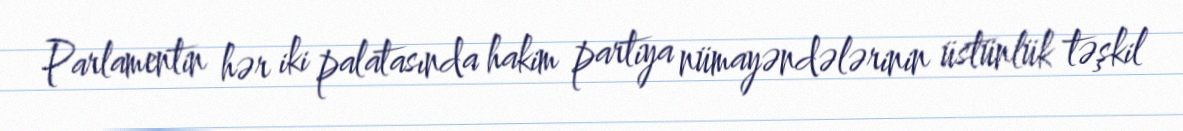
Parlamentin hər iki palatasında hakim partiya nümayəndələrinin üstünlük təşkil